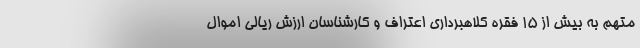
متهم به بیش از ۱۵ فقره کلاهبرداری اعتراف و کارشناسان ارزش ریالی اموال